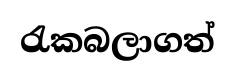
රැකබලාගත්